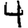
Digit: 4